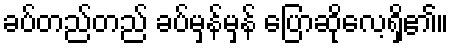
ခပ်တည်တည် ခပ်မှန်မှန် ပြောဆိုလေ့ရှိ၏။